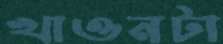
খাওনটা